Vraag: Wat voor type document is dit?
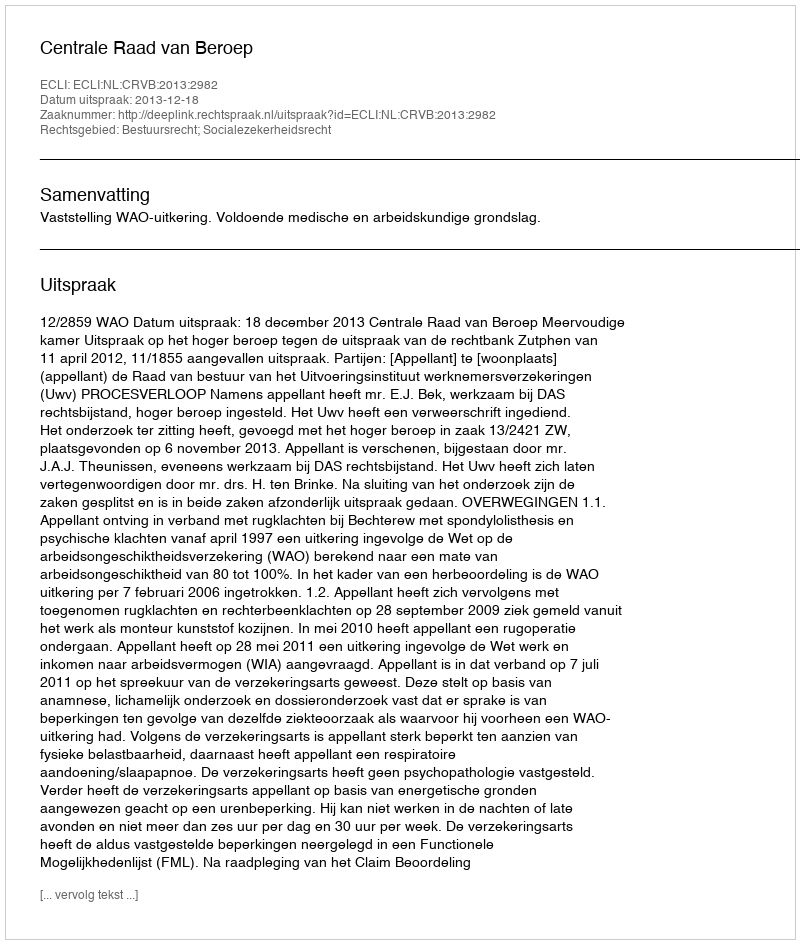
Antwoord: Uitspraak